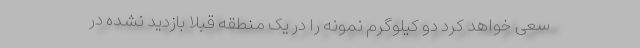
سعی خواهد کرد دو کیلوگرم نمونه را در یک منطقه قبلاً بازدید نشده در